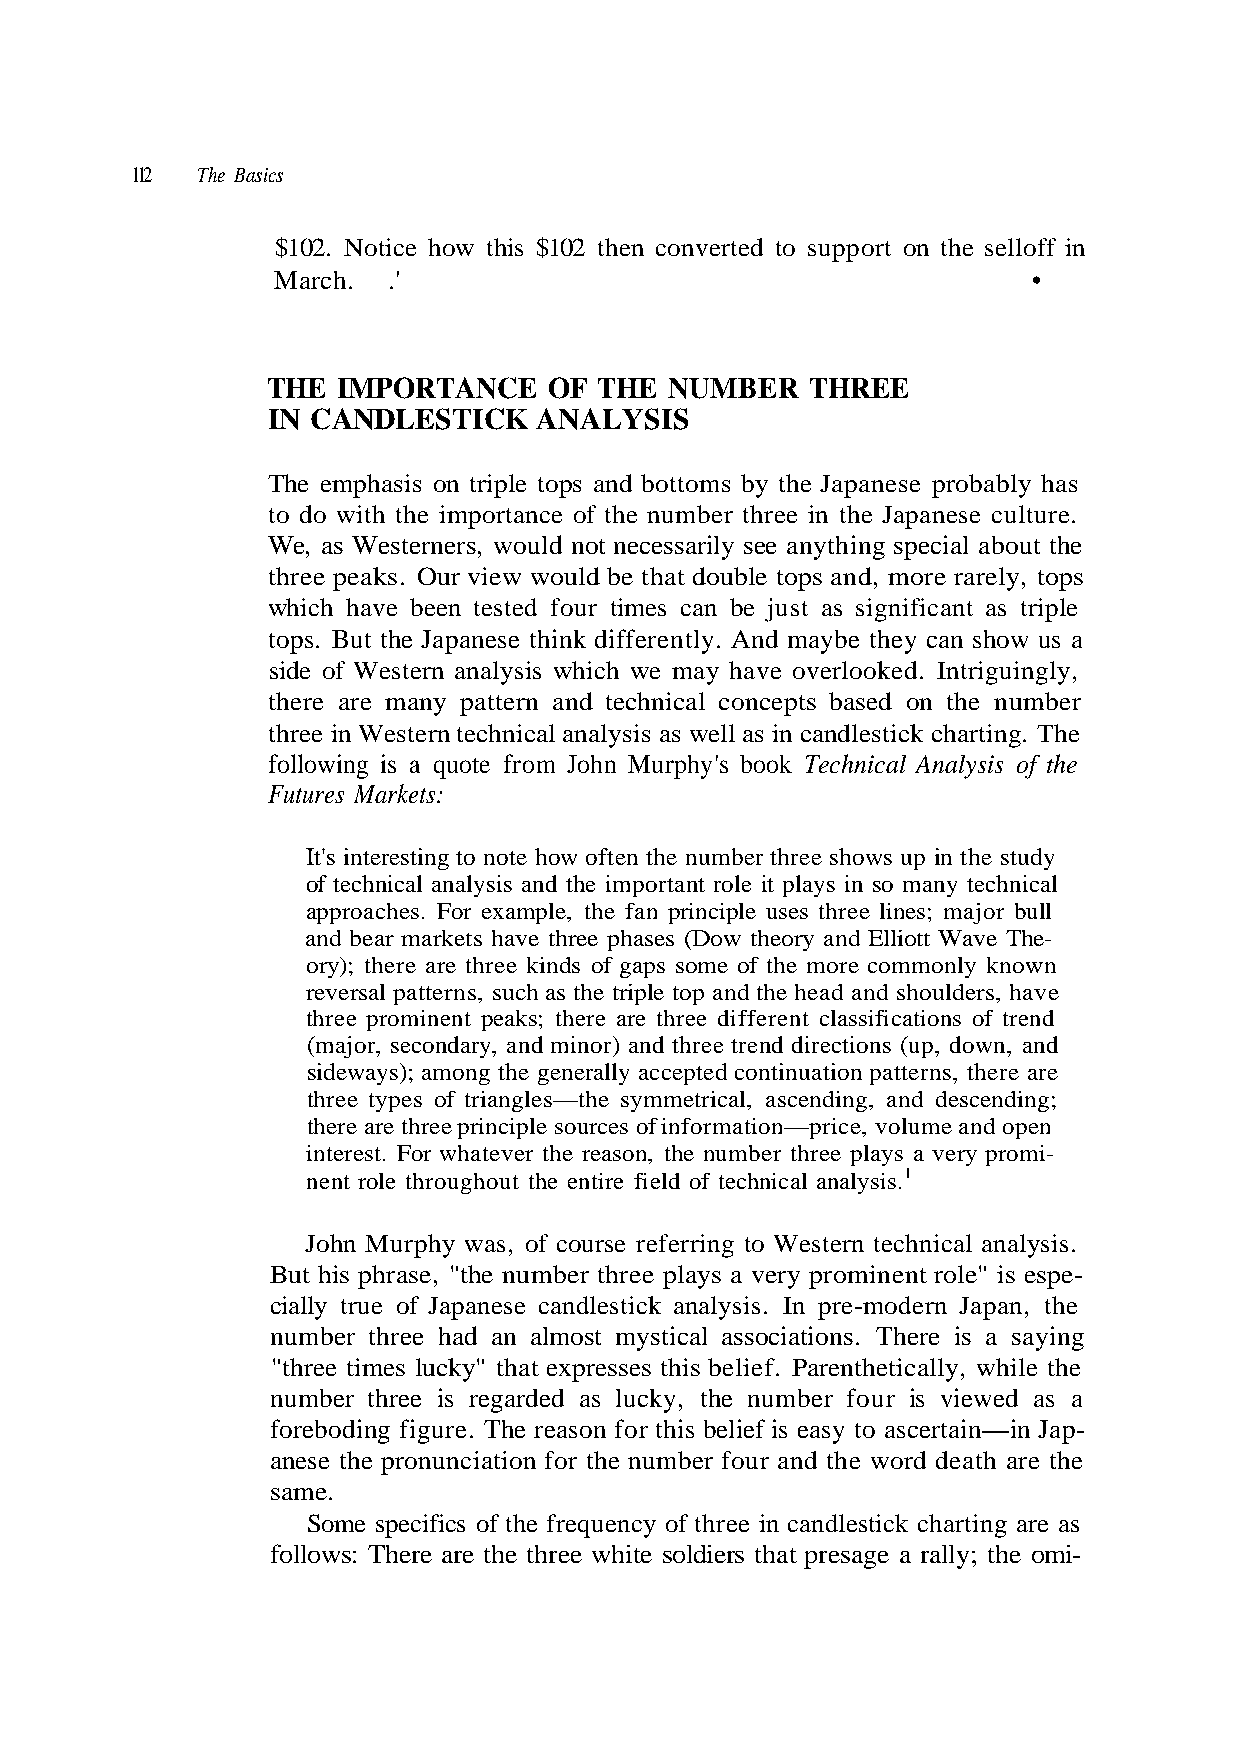
112 The Basics
 $102. Notice how this $102 then converted to support on the selloff in
 March.  .'                                        •
 THE IMPORTANCE    OF  THE NUMBER    THREE
 IN CANDLESTICK    ANALYSIS
 three peaks. Our view would be that double tops and, more rarely, tops
 which have been tested four times can be just as significant as triple
 tops. But the Japanese think differently. And maybe they can show us a
 side of Western analysis which we may have overlooked. Intriguingly,
 Futures Markets:
 It's interesting to note how often the number three shows up in the study
 of technical analysis and the important role it plays in so many technical
 approaches. For example, the fan principle uses three lines; major bull
 reversal patterns, such as the triple top and the head and shoulders, have
 three prominent peaks; there are three different classifications of trend
 (major, secondary, and minor) and three trend directions (up, down, and
 there are three principle sources of information—price, volume and open
 nent role throughout the entire field of technical analysis.1
 John Murphy was, of course referring to Western technical analysis.
 number three had an almost mystical associations. There is a saying
 "three times lucky" that expresses this belief. Parenthetically, while the
 number three is regarded as lucky, the number four is viewed as a
 foreboding figure. The reason for this belief is easy to ascertain—in Jap-
 same.
 Some specifics of the frequency of three in candlestick charting are as
 e r a e r e h
 - i
 t
 m
 ,
 o
 s n
 e
 r
 h
 e
 t
 t at
 y; l
 p
 l a
 -
 n
 r
 e h
 o
 a
 T
 i t
 e
 e
 a
 g
 s
 v
 u
 a
 a h
 a
 n
 s
 and bottoms by the Japanese probably
 he number three in the Japanese culture.
 necessarily see anything special about the
 pts based on the number
 Murphy's book Technical Analysis of the
 phases (Dow theory and Elliott W
 e generally accepted conti
 e three white soldiers that pre
 The emphasis on triple tops
 to do with the importance of t
 We, as Westerners, would not
 there are many pattern and technical conce
 three in Western technical analysis as well as in candlestick charting. The
 following is a quote from John
 and bear markets have three
 ory); there are three kinds of gaps some of the more commonly known
 sideways); among th
 three types of triangles—the symmetrical, ascending, and descending;
 interest. For whatever the reason, the number three plays a very promi-
 But his phrase, "the number three plays a very prominent role" is espe-
 cially true of Japanese candlestick analysis. In pre-modern Japan, the
 anese the pronunciation for the number four and the word death are the
 follows: There are th